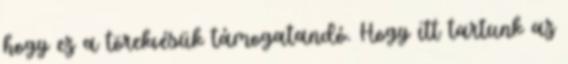
hogy ez a törekvésük támogatandó. Hogy itt tartunk az